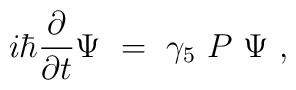
i\hbar {\partial\over\partial t} \Psi \ = \ \gamma_5 \ P \ \Psi\ ,